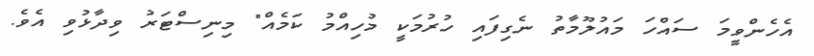
އެހެންވީމަ ސައްހަ މައުލޫމާތު ނެގިފައި ހުރުމަކީ މުހިއްމު ކަމެއް" މިނިސްޓަރު ވިދާޅުވި އެވެ.